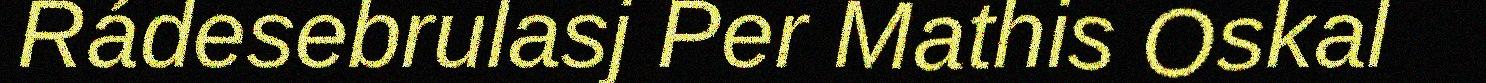
Rádesebrulasj Per Mathis Oskal